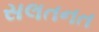
સલતનત